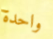
واحدة